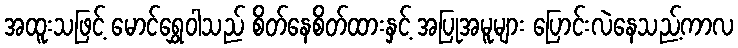
အထူးသဖြင့် မောင်ရွှေဝါသည် စိတ်နေစိတ်ထားနှင့် အပြုအမူများ ပြောင်းလဲနေသည့်ကာလ